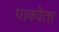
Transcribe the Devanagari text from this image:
पाक्वेता